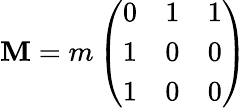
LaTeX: \mathbf{M}=m\left(\begin{array}{ccc}{{0}}&{{1}}&{{1}}\\ {{1}}&{{0}}&{{0}}\\ {{1}}&{{0}}&{{0}}\end{array}\right)